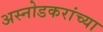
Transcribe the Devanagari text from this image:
अस्नोडकरांच्या